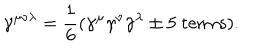
LaTeX: \gamma ^ { \mu \nu \lambda } = { \frac { 1 } { 6 } } ( \gamma ^ { \mu } \gamma ^ { \nu } \gamma ^ { \lambda } \pm \mathrm { 5 ~ t e r m s } ) .